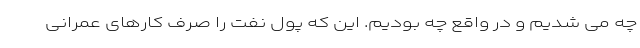
چه می شدیم و در واقع چه بودیم. این که پول نفت را صرف کارهای عمرانی